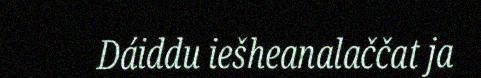
Dáiddu iešheanalaččat ja